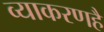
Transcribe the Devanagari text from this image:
व्याकरणहै